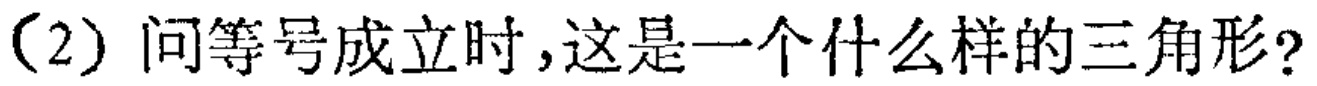
(2) 问等号成立时，这是一个什么样的三角形?